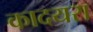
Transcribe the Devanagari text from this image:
कादयरा